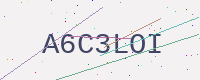
Text: A6C3LOI